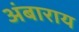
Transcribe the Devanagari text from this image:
अंबाराय